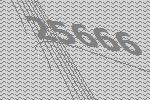
25666